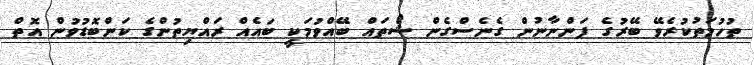
ތުހުމަތުކުރެވޭ ބޭރުގެ ފަންނާނުން ގެނެސްގެން ޝޯތައް ބޭއްވުމަކީ ބައެއް ރައްޔިތުންގެ ކަންބޮޑުވުން އޮތް